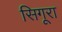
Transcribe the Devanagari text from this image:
सिगूरा